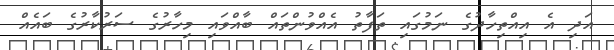
އަދި އެ އިއްތިހާދުގެ ނަމުގައި ތަފާތު އެއްވުންތައް ބާއްވައި މިހާރުގެ ސަރުކާރުގެ ބައެއް